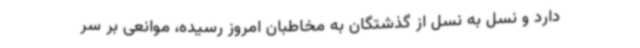
دارد و نسل به نسل از گذشتگان به مخاطبان امروز رسیده، موانعی بر سر